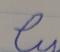
Signature authenticity: forged